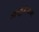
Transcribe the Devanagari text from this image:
ऑस्ट्रैलेसिया